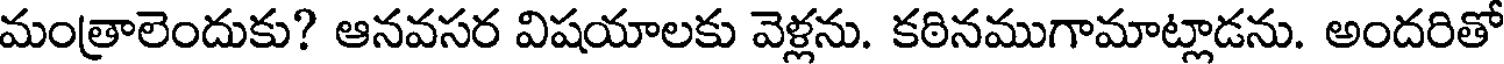
మంత్రాలెందుకు? ఆనవసర విషయాలకు వెళ్లను. కఠినముగామాట్లాడను. అందరితో